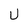
Character: U